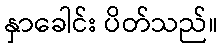
နှာခေါင်း ပိတ်သည်။